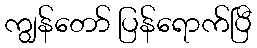
ကျွန်တော် ပြန်ရောက်ပြီ